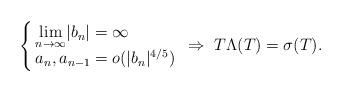
LaTeX: \begin{align*} \left\{ \kern-3pt \begin{array}{l} {\displaystyle\lim_{n\to\infty}}|b_n|=\infty \\ a_n, a_{n-1} = o(|b_n|^{4/5}) \end{array} \right. \Rightarrow\; T \Lambda(T)=\sigma(T). \end{align*}